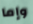
وإما